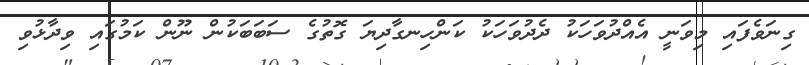
ގިނަވެފައި މިވަނީ އެއްދުވަހަކު ދެދުވަހަކު ކަންހިނގާދިޔަ ގޮތުގެ ސަބަބަކުން ނޫން ކަމުގައި ވިދާޅުވި